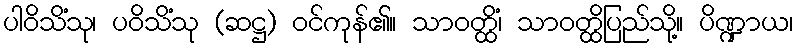
ပါဝိသိံသု၊ ပဝိသိံသု (ဆဋ္ဌ) ဝင်ကုန်၏။ သာဝတ္ထိံ၊ သာဝတ္ထိပြည်သို့။ ပိဏ္ဍာယ၊